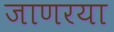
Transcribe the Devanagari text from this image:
जाणरया